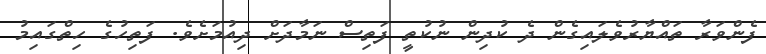
ފެންވަރާ ތައްޔާރުވެލައިގެން ދެ ކުދިން ނުކުތީ ފަތިސް ނަމާދަށް ދިއުމަށެވެ. ފަތިހުގެ ހިތްގައިމު